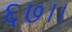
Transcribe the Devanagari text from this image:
६७।।